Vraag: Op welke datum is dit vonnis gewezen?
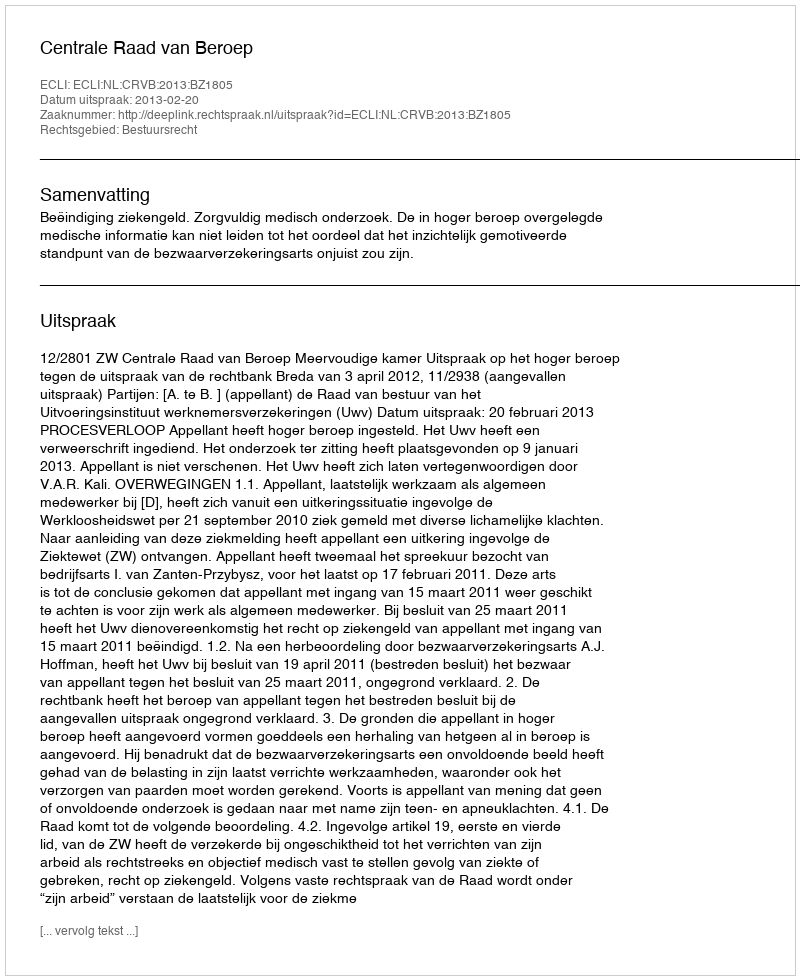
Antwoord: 2013-02-20